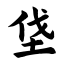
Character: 垡